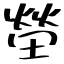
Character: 塋